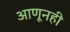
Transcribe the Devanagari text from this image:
आणूनही